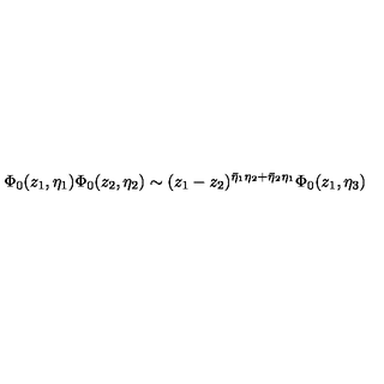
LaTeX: { \Phi } _ { 0 } ( z _ { 1 } , \eta _ { 1 } ) \Phi _ { 0 } ( z _ { 2 } , \eta _ { 2 } ) \sim ( z _ { 1 } - z _ { 2 } ) ^ { \bar { \eta } _ { 1 } \eta _ { 2 } + \bar { \eta } _ { 2 } \eta _ { 1 } } \Phi _ { 0 } ( z _ { 1 } , \eta _ { 3 } )